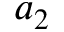
a _ { 2 }